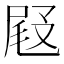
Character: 𡲋